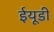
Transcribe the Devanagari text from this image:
ईयूडी